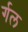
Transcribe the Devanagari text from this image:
र्गल